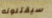
سيقتلونه